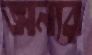
অন্যর